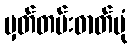
မှတ်တမ်းဓာတ်ပုံ